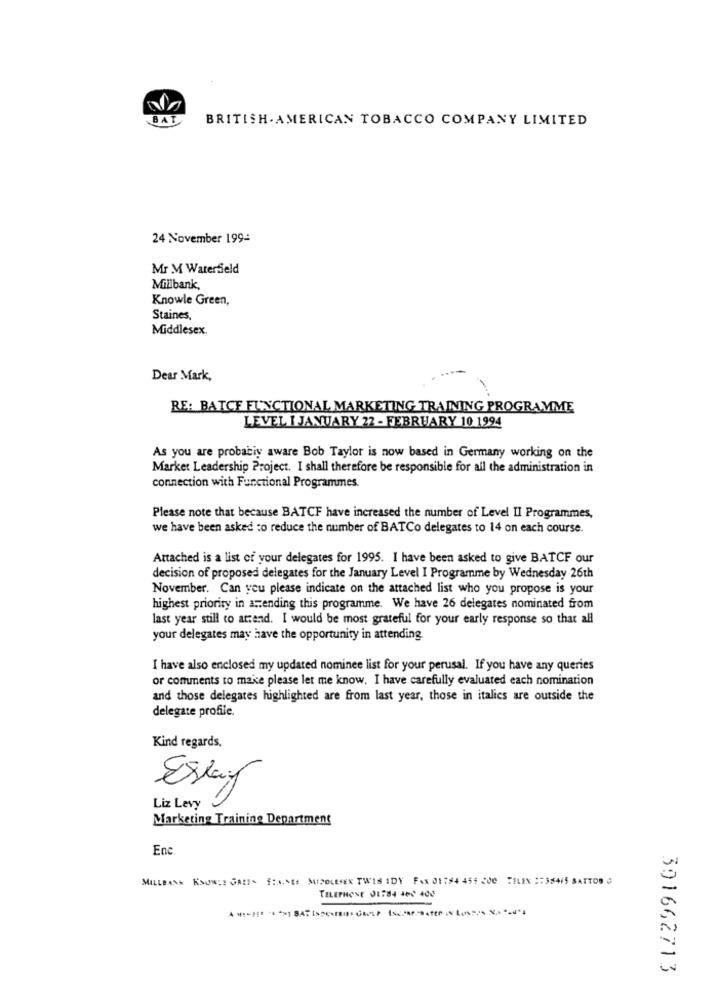
BAT
BRITISH AMERICAN TOBACCO COMPANY LIMITED
24 November 199-
Mr M Waterfield
Millbank,
Knowle Green,
Staines,
Middlesex.
Dear Mark,
RE: BATCF FUNCTIONAL MARKETING TRAINING PROGRAMME
LEVEL I JANUARY 22 - FEBRUARY 10 1994
As you are probably aware Bob Taylor is now based in Germany working on the
Market Leadership Project. I shall therefore be responsible for all the administration in
connection with Functional Programmes.
Please note that because BATCF have increased the number of Level II Programmes,
we have been asked to reduce the number of BATCo delegates to 14 on each course.
Attached is a list of your delegates for 1995. I have been asked to give BATCF our
decision of proposed delegates for the January Level I Programme by Wednesday 26th
November. Can you please indicate on the attached list who you propose is your
highest priority in amending this programme. We have 26 delegates nominated from
last year still to attend. I would be most grateful for your early response so that all
your delegates may have the opportunity in attending.
I have also enclosed my updated nominee list for your perusal. If you have any queries
or comments to make please let me know. I have carefully evaluated each nomination
and those delegates highlighted are from last year, those in italics are outside the
delegate profile
Kind regards.
Essay
Liz Levy
Marketing Training Department
Enc
MILLBANA KSOWIE GALI> SHANES MIDOLESEN TWIS IDY FAX 01784 454 200 TILEX :38415 SATT00 0
TELEPHONE JE784 460 400
391662713